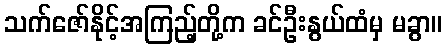
သက်ဇော်နိုင့်အကြည့်တို့က ခင်ဦးနွယ်ထံမှ မခွာ။